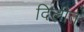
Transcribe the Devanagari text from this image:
दिलीत